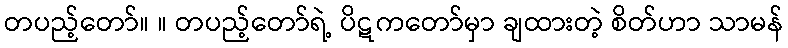
တပည့်တော်။ ။ တပည့်တော်ရဲ့ ပိဋကတော်မှာ ချထားတဲ့ စိတ်ဟာ သာမန်